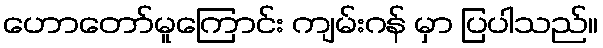
ဟောတော်မူကြောင်း ကျမ်းဂန် မှာ ပြပါသည်။